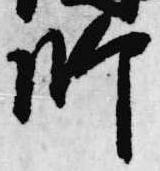
師